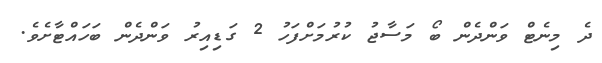
ދެ މިނެޓް ވަންދެން ބޯ މަސާޖު ކުރުމަށްފަހު 2 ގަޑިއިރު ވަންދެން ބަހައްޓާށެވެ.